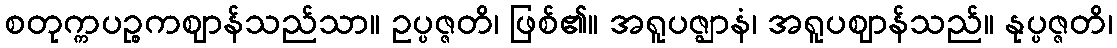
စတုက္ကပဉ္စကဈာန်သည်သာ။ ဥပ္ပဇ္ဇတိ၊ ဖြစ်၏။ အရူပဇ္ဈာနံ၊ အရူပဈာန်သည်။ နုပ္ပဇ္ဇတိ၊